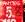
5